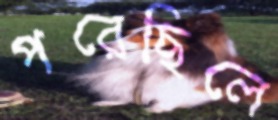
পরেছিলে